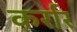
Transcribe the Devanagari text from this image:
कर्रार